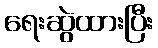
ရေးဆွဲထားပြီး